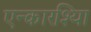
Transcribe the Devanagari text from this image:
एन्कारश्यिा